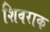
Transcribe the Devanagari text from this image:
शिवराक